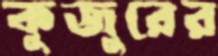
কুজুরের